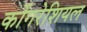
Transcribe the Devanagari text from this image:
कोंगरेशियल